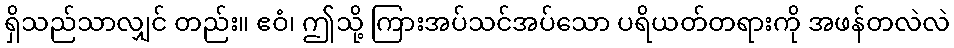
ရှိသည်သာလျှင် တည်း။ ဧဝံ၊ ဤသို့ ကြားအပ်သင်အပ်သော ပရိယတ်တရားကို အဖန်တလဲလဲ